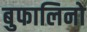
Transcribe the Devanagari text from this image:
बुफालिनो